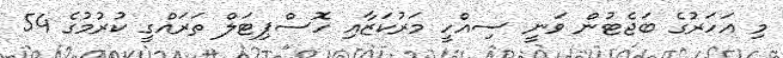
މި އަހަރުގެ ބަޖެޓުން ވަނީ ސިއްހީ މަރުކަޒާއި ހޮސްޕިޓަލް ތަރައްގީ ކުރުމުގެ 54